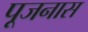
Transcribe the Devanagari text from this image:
पूजनास